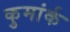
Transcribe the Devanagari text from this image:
कुमांर्क